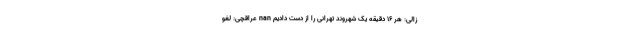
زالی: هر 16 دقیقه یک شهروند تهرانی را از دست دادیم nan عراقچی: لغو